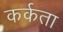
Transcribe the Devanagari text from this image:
कर्कता